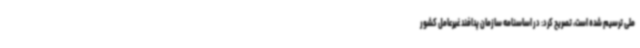
ملی ترسیم شده است، تصریح کرد: در اساسنامه سازمان پدافند غیرعامل کشور